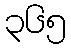
၃၆၅